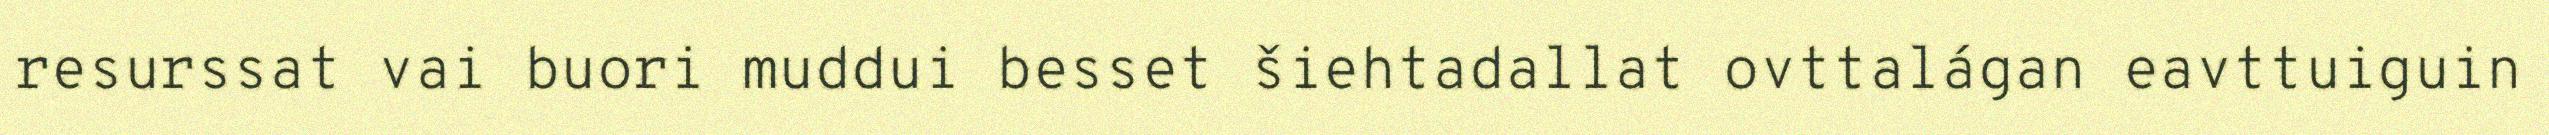
resurssat vai buori muddui besset šiehtadallat ovttalágan eavttuiguin